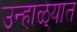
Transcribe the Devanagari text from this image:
उन्हा़ळ्यात